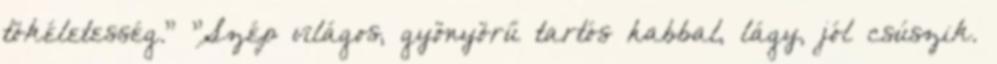
tökéletesség." "Szép világos, gyönyörű tartós habbal, lágy, jól csúszik.